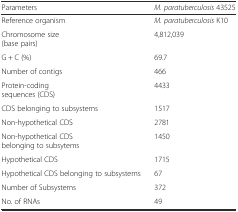
| Parameters | M. paratuberculosis 43525 |
 | --- | --- |
 | Reference organism | M. paratuberculosis K10 |
 | Chromosome size (base pairs) | 4,812,039 |
 | G + C (%) | 69.7 |
 | Number of contigs | 466 |
 | Protein-coding sequences (CDS) | 4433 |
 | CDS belonging to subsystems | 1517 |
 | Non-hypothetical CDS | 2781 |
 | Non-hypothetical CDS belonging to subsytems | 1450 |
 | Hypothetical CDS | 1715 |
 | Hypothetical CDS belonging to subsystems | 67 |
 | Number of Subsystems | 372 |
 | No. of RNAs | 49 |